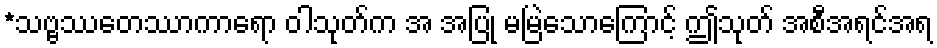
*သဗ္ဗဿေတဿာကာရော ဝါသုတ်က အ အပြု မမြဲသောကြောင့် ဤသုတ် အစီအရင်အရ